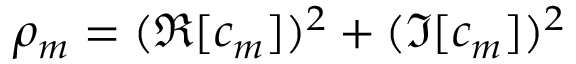
\rho _ { m } = ( \Re [ c _ { m } ] ) ^ { 2 } + ( \Im [ c _ { m } ] ) ^ { 2 }